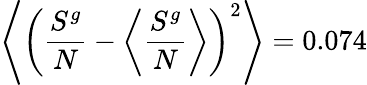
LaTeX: \left<\left(\frac{S^{g}}{N}-\left<\frac{S^{g}}{N}\right>\right)^{2}\right>=0.074